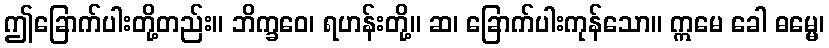
ဤခြောက်ပါးတို့တည်း။ ဘိက္ခဝေ၊ ရဟန်းတို့။ ဆ၊ ခြောက်ပါးကုန်သော။ ဣမေ ခေါ ဓမ္မေ၊